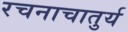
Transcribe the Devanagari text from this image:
रचनाचातुर्य